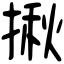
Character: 揪